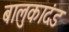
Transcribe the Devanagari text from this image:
बालुकादंड